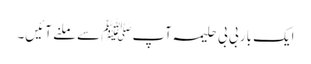
ایک بار بی بی حلیمہ آپﷺ سے ملنے آئیں۔